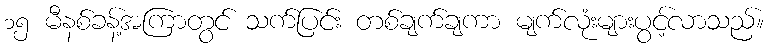
၁၅ မီနစ်ခန့်အကြာတွင် သက်ပြင်း တစ်ချက်ချကာ မျက်လုံးများပွင့်လာသည်။